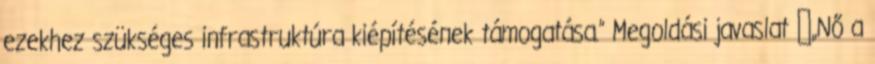
ezekhez szükséges infrastruktúra kiépítésének támogatása.” Megoldási javaslat ▪„Nő a